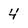
Character: 4